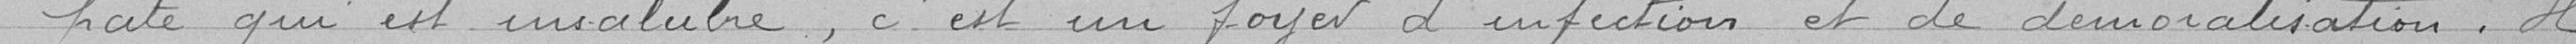
pâté qui est insalubre, c'est un foyer d'infection et de démoralisation. Il